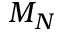
M _ { N }